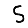
Digit: 5